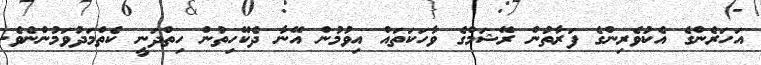
އަހަރެންގެ އެކުވެރިންގެ ފަރާތުން ރޭޝަމްގެ ވާހަކަތައް އިވުމުން އޭނާ ދެކޭހިތުން ހިތްދަނީ ކެތްމަދުވަމުންނެވެ.